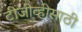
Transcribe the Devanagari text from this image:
टीजीव्हीसाठी